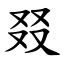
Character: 叕